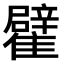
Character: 𩁊